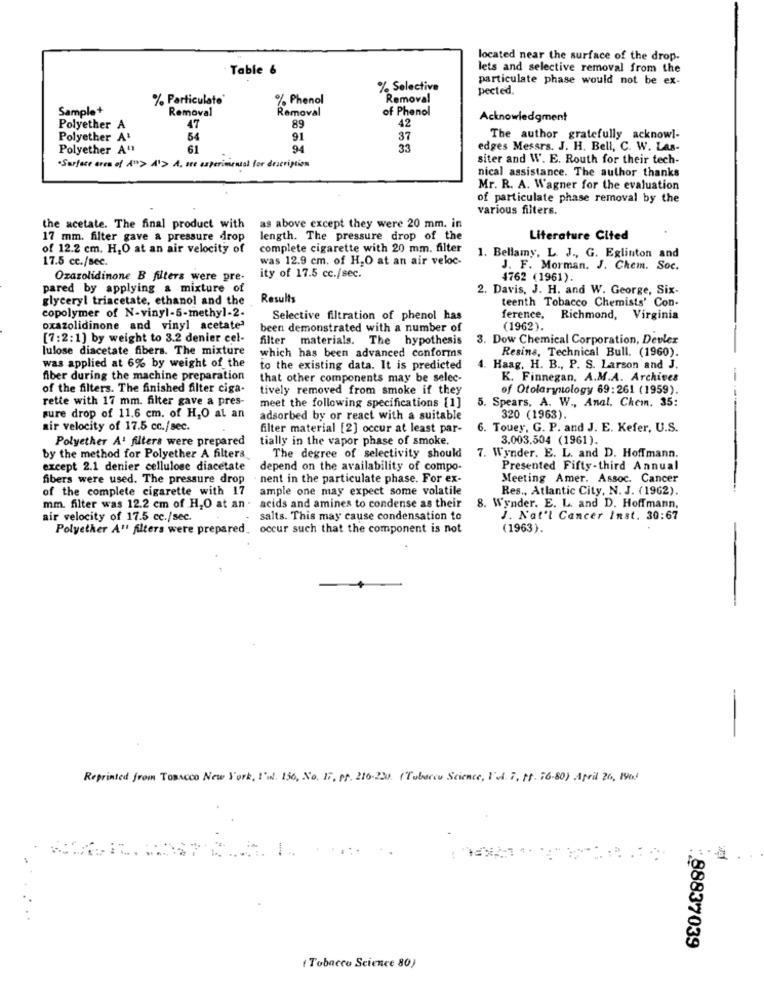
located near the surface of the drop.
Table &
lets and selective removal from the
particulate phase would not be ex-
% Selective
pected.
% Particulate
% Phenol
Removal
Sample+
Removal
Removal
of Phenol
Acknowledgment
Polyether A
47
89
42
Polyether A'
54
91
37
The author gratefully acknowl-
Polyether A"
61
94
33
edges Messrs. J. H. Bell, C. W. LAS-
siter and W. E. Routh for their tech-
·Surface area of A"> A'> A, are experimental for description
nical assistance. The author thanks
Mr. R. A. Wagner for the evaluation
of particulate phase removal by the
various filters.
the acetate. The final product with
as above except they were 20 mm. in
17 mm. filter gave a pressure drop
length. The pressure drop of the
Literature Cited
of 12.2 cm. H,O at an air velocity of
complete cigarette with 20 mm. filter
17.5 cc./sec.
was 12.9 cm. of H.O at an air veloc-
1. Bellamy, L. J ., G. Eglinton and
J. F. Morman. J. Chem. Soc.
Ozazolidinone B filters were pre-
ity of 17.5 cc./sec.
4762 (1961).
pared by applying a mixture of
2. Davis, J. H. and W. George, Six-
glyceryl triacetate, ethanol and the
Results
teenth Tobacco Chemists' Con-
copolymer of N-vinyl-5-methyl-2.
Selective filtration of phenol has
ference, Richmond, Virginia
oxazolidinone and vinyl acetate'
been demonstrated with a number of
(1962).
[7:2:1] by weight to 3.2 denier cel-
filter materials. The hypothesis
3. Dow Chemical Corporation, Devler
lulose diacetate fibers. The mixture
Resins, Technical Bull. (1960).
which has been advanced conforms
was applied at 6% by weight of the
to the existing data. It is predicted
4. Haag, H. B ., P. S. Larson and J.
fiber during the machine preparation
that other components may be selec-
K. Finnegan, A.M.A. Archives
of the filters. The finished filter ciga-
tively removed from smoke if they
of Otolarynology 69:261 (1959).
rette with 17 mm. filter gave a pres-
5. Spears, A. W ., Anal. Chem. 35:
meet the following specifications [1]
sure drop of 11.6 cm. of H,O al an
adsorbed by or react with a suitable
320 (1963).
air velocity of 17.5 cc./sec.
filter material [2] occur at least par-
6. Touey, G. P. and J. E. Kefer, U.S.
Polyether A' filters were prepared
tially in the vapor phase of smoke.
3.003,504 (1961).
by the method for Polyether A filters
The degree of selectivity should
7. Wynder. E. L. and D. Hoffmann.
except 2.1 denier cellulose diacetate
depend on the availability of compo-
Presented Fifty-third Annual
fibers were used. The pressure drop
nent in the particulate phase. For ex-
Meeting Amer. Assoc. Cancer
of the complete cigarette with 17
ample one may expect some volatile
Res ., Atlantic City, N. J. (1962).
mm. filter was 12.2 cm of H,O at an . acids and amines to condense as their
8. Wynder. E. L. and D. Hoffmann,
air velocity of 17.5 cc./sec.
salts. This may cause condensation to
J. Nat'l Cancer Inst. 30:67
Polyether A" filters were prepared. occur such that the component is not
(1963).
--
Reprinted from TOBACCO New York, I'M. 150, No. F. PT. 216-230. (Tobacco Science, I'll. 7, ff. 76-80) April 26, 1900
88837039
( Tobacco Science 80)